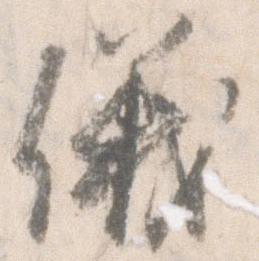
儀